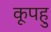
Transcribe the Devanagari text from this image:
कूपहु